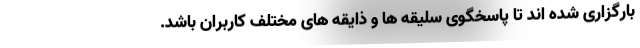
بارگزاری شده اند تا پاسخگوی سلیقه ها و ذایقه های مختلف کاربران باشد.